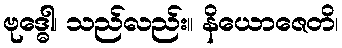
ဗုဒ္ဓေါ၊ သည်လည်း။ နိယောဇေတိ၊